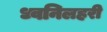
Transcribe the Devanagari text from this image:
ध्वनिलहरी